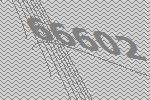
66602